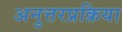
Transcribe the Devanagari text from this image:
अनुत्तरप्रक्रिया